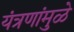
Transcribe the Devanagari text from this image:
यंत्रणांमुळे